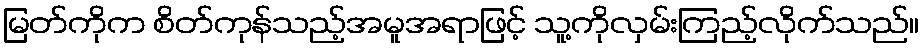
မြတ်ကိုက စိတ်ကုန်သည့်အမူအရာဖြင့် သူ့ကိုလှမ်းကြည့်လိုက်သည်။